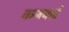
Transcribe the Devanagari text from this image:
कजकई